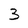
Character: 3